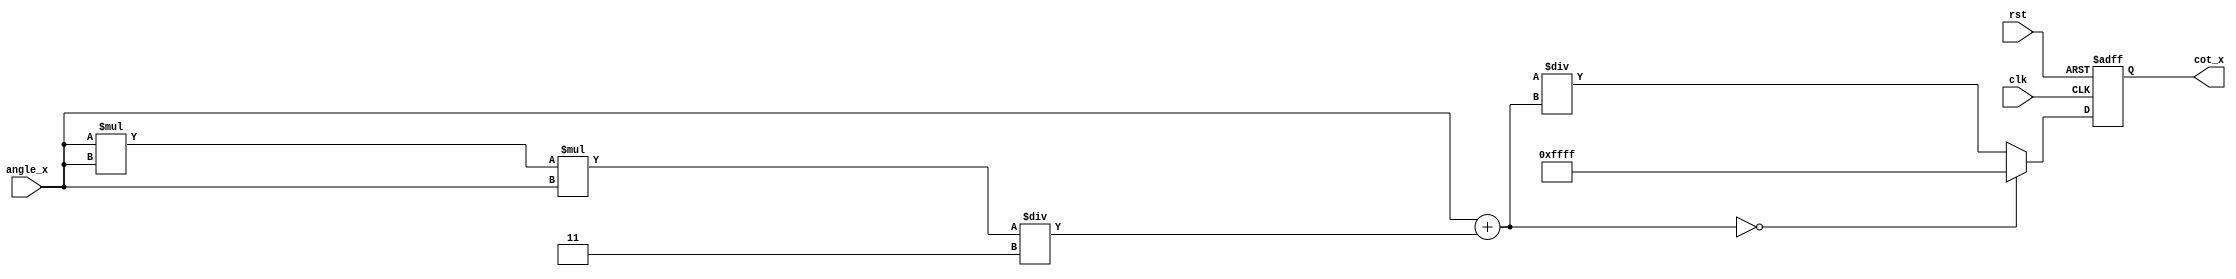
module cotangent (
    input wire [15:0] angle_x, // Input angle in fixed-point format (16 bits)
    output reg [15:0] cot_x,    // Output cotangent in fixed-point format (16 bits)
    input wire clk,
    input wire rst
);

    reg [15:0] tan_x; // Intermediate tangent value
    reg valid;        // Flag to indicate valid output

    // Simple polynomial approximation for tangent (for small angles)
    function [15:0] tangent;
        input [15:0] x;
        begin
            // Example polynomial approximation: tan(x)  x + x^3/3
            tangent = x + (x * x * x) / 16'h0003; // Adjust divisor for fixed-point scaling
        end
    endfunction

    // Compute cotangent
    always @(posedge clk or posedge rst) begin
        if (rst) begin
            cot_x <= 16'h0000; // Reset output
            valid <= 1'b0;
        end else begin
            // Calculate tangent
            tan_x = tangent(angle_x);

            // Check for undefined cotangent (tan(x) = 0)
            if (tan_x == 16'h0000) begin
                cot_x <= 16'hFFFF; // Indicate undefined (could also use a different value)
            end else begin
                // Calculate cotangent as 1/tan(x)
                cot_x <= (16'h0001 << 16) / tan_x; // Fixed-point division
            end
            valid <= 1'b1; // Indicate valid output
        end
    end

endmodule